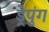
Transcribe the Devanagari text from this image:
ड्रेपुंग